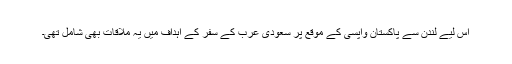
اس لیے لندن سے پاکستان واپسی کے موقع پر سعودی عرب کے سفر کے اہداف میں یہ ملاقات بھی شامل تھی۔